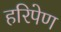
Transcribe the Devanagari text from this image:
हरिपेण